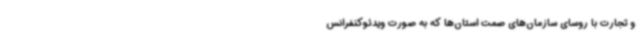
و تجارت با روسای سازمان‌های صمت استان‌ها که به صورت ویدئوکنفرانس